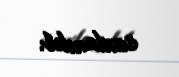
saxlanılıb.